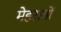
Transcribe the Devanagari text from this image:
मेहरातों